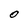
Character: O